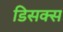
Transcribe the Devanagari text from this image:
डिसक्स